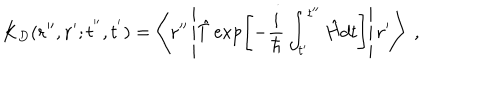
K _ { D } ( { \bf r ^ { \prime \prime } } , { \bf r ^ { \prime } } ; t ^ { ' ^ { \prime } } , t ^ { ' } ) = \left\langle { \bf r ^ { \prime \prime } } \left| \hat { T } \exp \left[ - \frac { i } { \hbar } \int _ { t ^ { \prime } } ^ { t ^ { \prime \prime } } \hat { H } d t \right] \right| { \bf r ^ { \prime } } \right\rangle \; ,